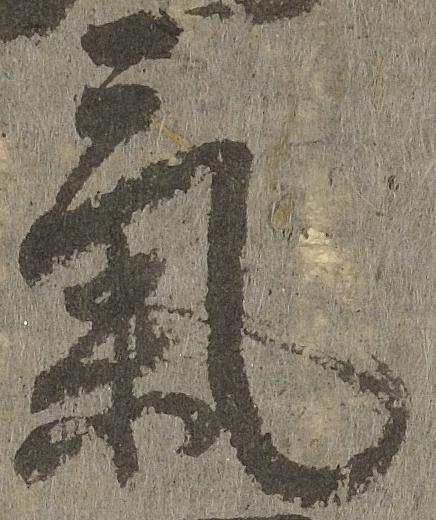
気